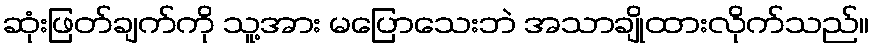
ဆုံးဖြတ်ချက်ကို သူ့အား မပြောသေးဘဲ အသာချိုထားလိုက်သည်။